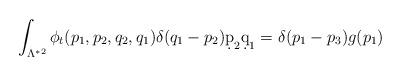
LaTeX: \begin{align*} \int_{ \Lambda^{*2 } } \phi_t(p_1,p_2,q_2,q_1)\delta(q_1 - p_2)\d p_2 \d q_1 = \delta(p_1 - p_3) g(p_1) \end{align*}